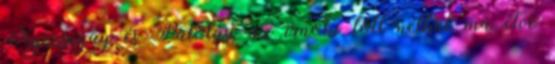
Nyizsnyay és Palotási az írnoki toll nélkül ma élve